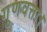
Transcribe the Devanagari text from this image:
गुणवत्ता।